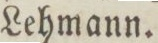
Lehmann.